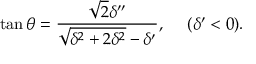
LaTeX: \tan \theta = { \frac { \sqrt 2 \delta ^ { \prime \prime } } { \sqrt { \delta ^ { 2 } + 2 \delta ^ { 2 } } - \delta ^ { \prime } } } , ~ ~ ~ ~ ( \delta ^ { \prime } < 0 ) .